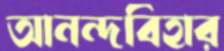
আনন্দবিহার